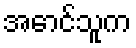
အောင်သူက